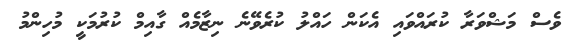
ވެސް މަޝްވަރާ ކުރައްވައި އެކަން ހައްލު ކުރެވޭނެ ނިޒާމެއް ގާއިމް ކުރުމަކީ މުހިންމު